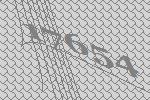
17654